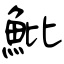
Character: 魮